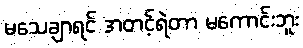
မသေချာရင် အတင့်ရဲတာ မကောင်းဘူး